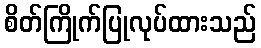
စိတ်ကြိုက်ပြုလုပ်ထားသည်